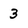
Character: 3